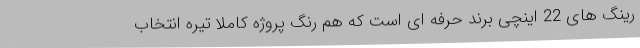
رینگ های 22 اینچی برند حرفه ای است که هم رنگ پروژه کاملا تیره انتخاب